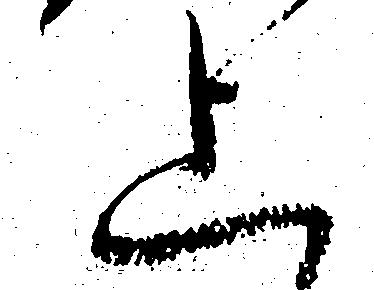
上